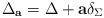
LaTeX: \begin{align*}\Delta_{\bf a}=\Delta +{\bf a} \delta_\Sigma\end{align*}